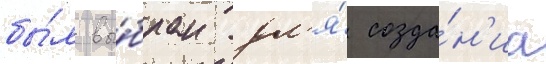
бы́л вы́бран дл'я́ созда́н'иа